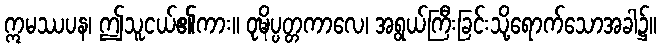
ဣမဿပန၊ ဤသူငယ်၏ကား။ ဝုဍ္ဎိပ္ပတ္တကာလေ၊ အရွယ်ကြီးခြင်းသို့ရောက်သောအခါ၌။